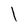
Character: I